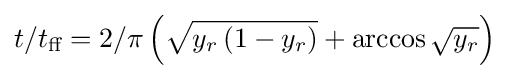
t/t_{\text{ff}}=2/\pi \left({\sqrt {y_{r}\left(1-y_{r}\right)}}+\arccos {\sqrt {y_{r}}}\right)